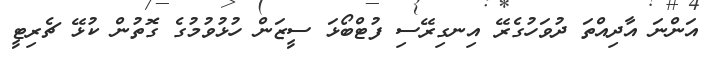
އަންނަ އާދިއްތަ ދުވަހުގެރޭ އިނގިރޭސި ފުޓްބޯޅަ ސީޒަން ހުޅުވުމުގެ ގޮތުން ކުޅޭ ޗެރިޓީ